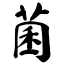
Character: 菌